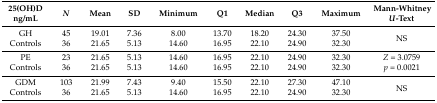
<table><thead><tr><td><b>25(OH)D ng/mL</b></td><td><b><i>N</i></b></td><td><b>Mean</b></td><td><b>SD</b></td><td><b>Minimum</b></td><td><b>Q1</b></td><td><b>Median</b></td><td><b>Q3</b></td><td><b>Maximum</b></td><td><b>Mann-Whitney <i>U</i>-Text</b></td></tr></thead><tbody><tr><td>GH</td><td>45</td><td>19.01</td><td>7.36</td><td>8.00</td><td>13.70</td><td>18.20</td><td>24.30</td><td>37.50</td><td rowspan="2">NS</td></tr><tr><td>Controls</td><td>36</td><td>21.65</td><td>5.13</td><td>14.60</td><td>16.95</td><td>22.10</td><td>24.90</td><td>32.30</td></tr><tr><td>PE</td><td>23</td><td>21.65</td><td>5.13</td><td>14.60</td><td>16.95</td><td>22.10</td><td>24.90</td><td>32.30</td><td rowspan="2"><i>Z</i> = 3.0759 <i>p</i> = 0.0021</td></tr><tr><td>Controls</td><td>36</td><td>21.65</td><td>5.13</td><td>14.60</td><td>16.95</td><td>22.10</td><td>24.90</td><td>32.30</td></tr><tr><td>GDM</td><td>103</td><td>21.99</td><td>7.43</td><td>9.40</td><td>15.50</td><td>22.10</td><td>27.30</td><td>47.10</td><td rowspan="2">NS</td></tr><tr><td>Controls</td><td>36</td><td>21.65</td><td>5.13</td><td>14.60</td><td>16.95</td><td>22.10</td><td>24.90</td><td>32.30</td></tr></tbody></table>